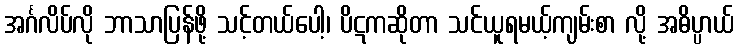
အင်္ဂလိပ်လို ဘာသာပြန်ဖို့ သင့်တယ်ပေါ့၊ ပိဋကဆိုတာ သင်ယူရမယ့်ကျမ်းစာ လို့ အဓိပ္ပာယ်